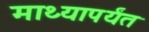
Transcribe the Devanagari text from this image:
माथ्यापर्यंत